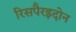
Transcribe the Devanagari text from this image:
रिसपैरइदोन